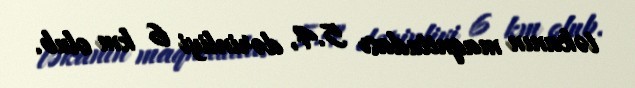
təkanın maqnitudası 5.4, dərinliyi 6 km olub.